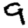
Digit: 9